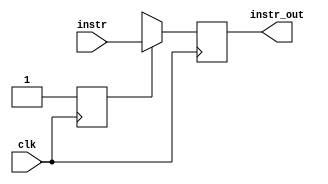
module IF_ID (
    // Outputs
    output reg [31:0] instr_out,
    // Inputs
    input [31:0] instr,
    input clk
);
    reg init = 0;

    always @(negedge clk) begin
        if(init == 0) begin
            instr_out <= 32'bx;
            init <= 1;
        end
        else begin
            instr_out <= instr;
        end
    end
    
endmodule